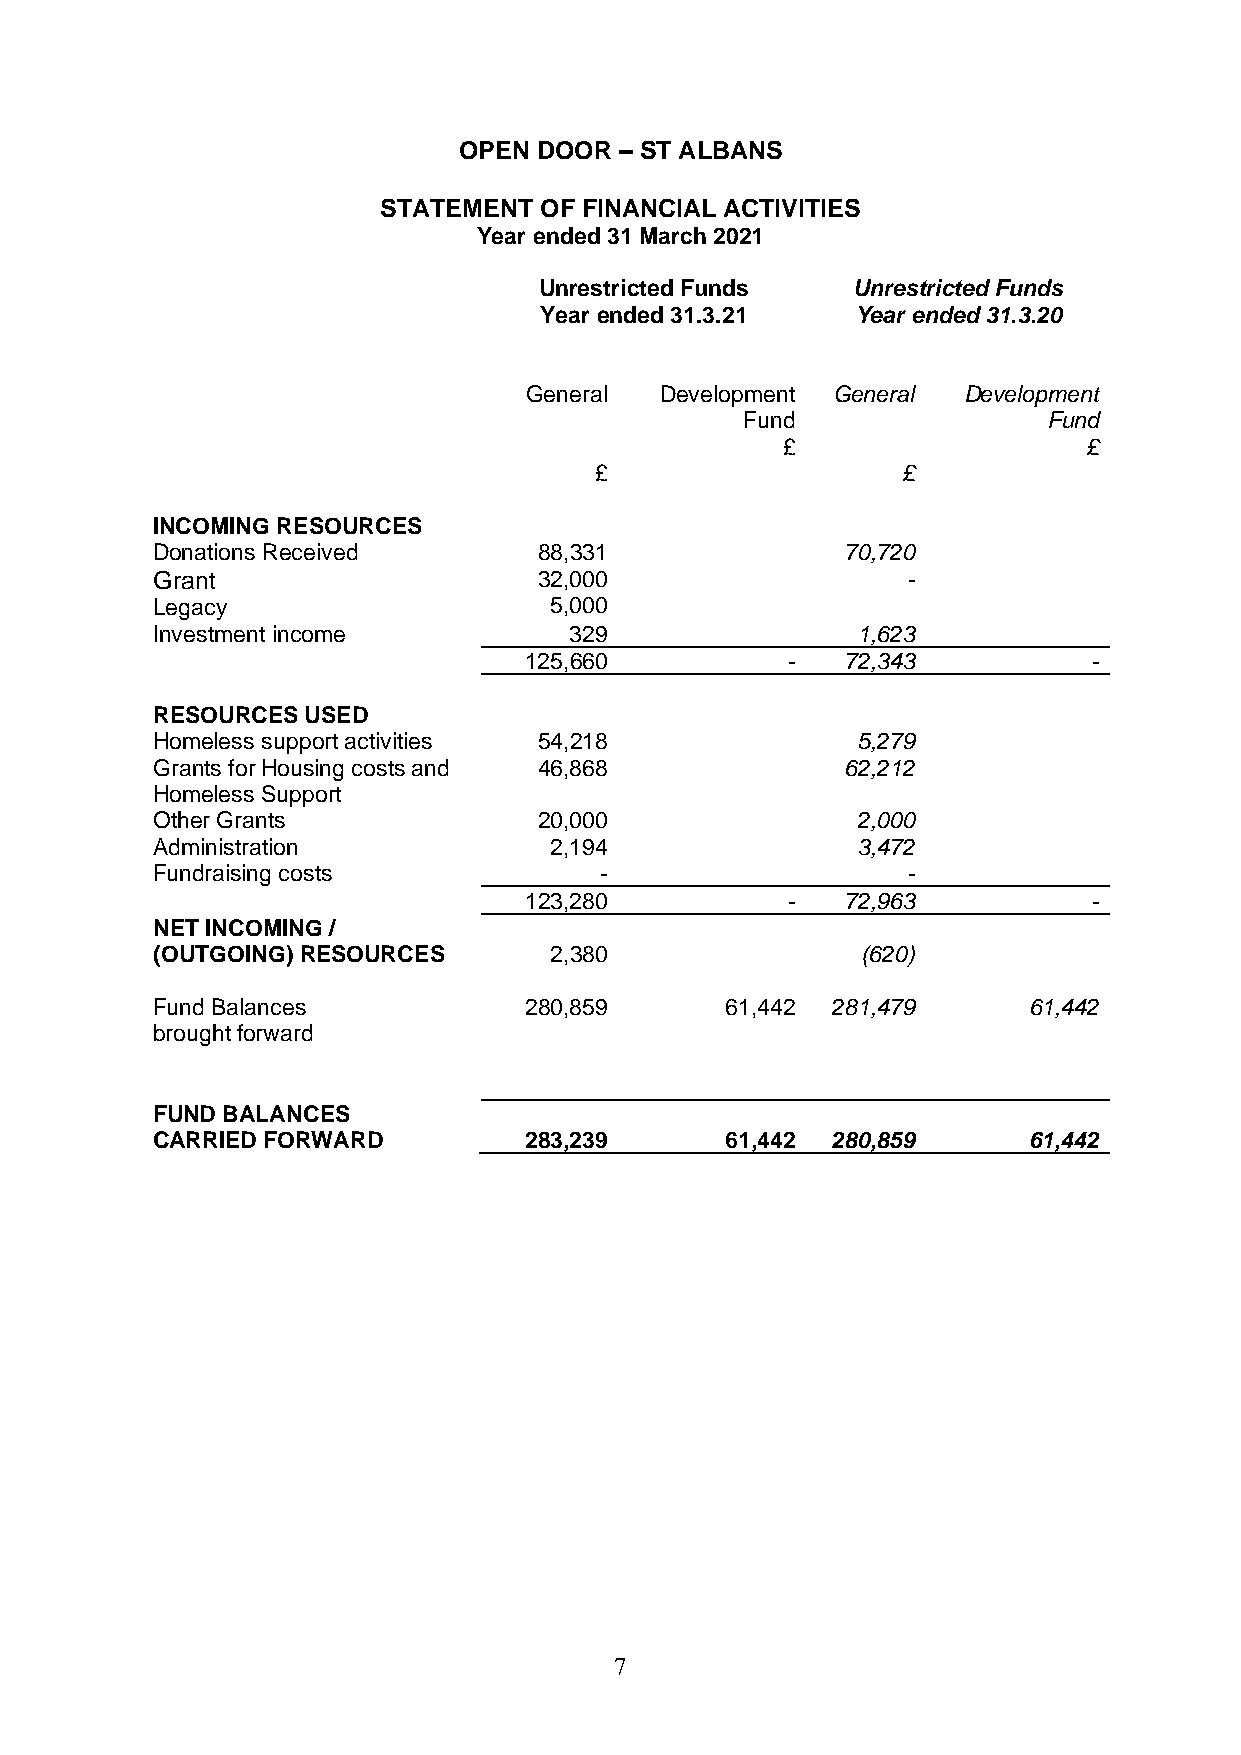
OPEN  DOOR – ST ALBANS
 STATEMENT  OF FINANCIAL ACTIVITIES
 Year ended 31 March 2021
 Unrestricted Funds  Unrestricted Funds
 Year ended 31.3.21   Year ended 31.3.20
 General  Development General Development
 Fund                Fund
 £                   £
 £                    £
 INCOMING RESOURCES
 Donations Received        88,331              70,720
 Grant                     32,000                  -
 Legacy                    5,000
 Investment income           329                1,623
 125,660          -   72,343          -
 RESOURCES USED
 Homeless support activities 54,218             5,279
 Grants for Housing costs and 46,868           62,212
 Homeless Support
 Other Grants              20,000               2,000
 Administration            2,194                3,472
 Fundraising costs             -                   -
 123,280          -   72,963          -
 NET INCOMING /
 (OUTGOING) RESOURCES      2,380                (620)
 Fund Balances            280,859      61,442 281,479      61,442
 brought forward
 FUND BALANCES
 CARRIED FORWARD          283,239      61,442 280,859      61,442
 7